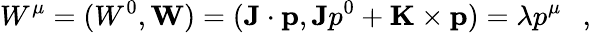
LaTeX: W^{\mu}=(W^{0},{\mathbf W})=({\mathbf J}\cdot{\mathbf p},{\mathbf J}p^{0}+{\mathbf K}\times{\mathbf p})=\lambda p^{\mu}~~~,